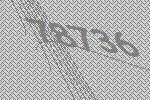
78736